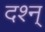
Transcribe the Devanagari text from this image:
दश्न्